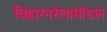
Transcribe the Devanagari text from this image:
विहारनरेलामॉडल